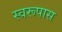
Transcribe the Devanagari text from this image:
स्वरूपास